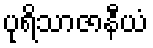
ပုရိသာဇာနီယံ